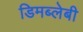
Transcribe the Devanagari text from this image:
डिमब्लेबी